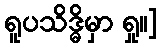
ရူပသိဒ္ဓိမှာ ရှု။]